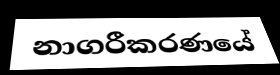
නාගරීකරණයේ